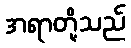
အရာတို့သည်